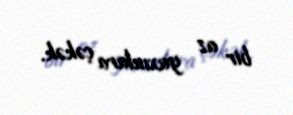
bir az yaxınlara çəkək.